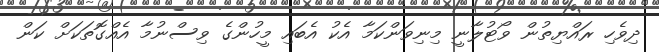
ދިވެހި ރައްޔިތުން ވޯޓުލާނީ މިނިވަންކަމާ އެކު އެބައި މީހުންގެ ވިސްނުމާ އެއްގޮތަކަށް ކަން